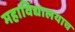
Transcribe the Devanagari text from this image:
महाविद्यालयाच